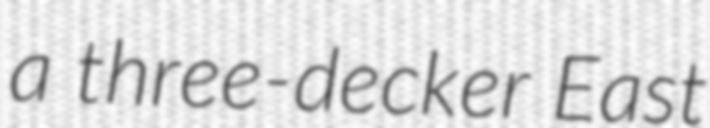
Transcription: a three-decker East